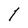
Character: l